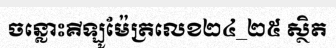
ចន្លោះគីឡូម៉ែត្រលេខ២៤_២៥ ស្ថិត